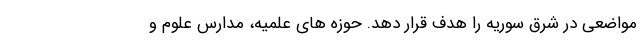
مواضعی در شرق سوریه را هدف قرار دهد. حوزه های علمیه، مدارس علوم و